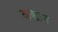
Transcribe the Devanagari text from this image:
कसान